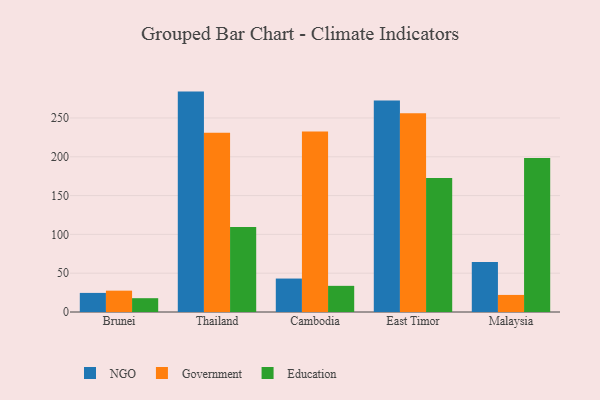
{"axis": {"x": "Country", "y": "Customer Acquisition Cost (USD)"}, "legend": ["Education", "Government", "NGO"], "data": [{"x": "Brunei", "y": 24.6, "type": "NGO"}, {"x": "Brunei", "y": 27.5, "type": "Government"}, {"x": "Brunei", "y": 17.8, "type": "Education"}, {"x": "Thailand", "y": 284.0, "type": "NGO"}, {"x": "Thailand", "y": 231.1, "type": "Government"}, {"x": "Thailand", "y": 109.5, "type": "Education"}, {"x": "Cambodia", "y": 43.1, "type": "NGO"}, {"x": "Cambodia", "y": 232.6, "type": "Government"}, {"x": "Cambodia", "y": 33.7, "type": "Education"}, {"x": "East Timor", "y": 272.6, "type": "NGO"}, {"x": "East Timor", "y": 256.2, "type": "Government"}, {"x": "East Timor", "y": 172.7, "type": "Education"}, {"x": "Malaysia", "y": 64.3, "type": "NGO"}, {"x": "Malaysia", "y": 22.0, "type": "Government"}, {"x": "Malaysia", "y": 198.6, "type": "Education"}]}